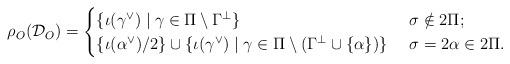
LaTeX: \begin{align*} \rho_O(\mathcal D_O) =\begin{cases}\lbrace \iota(\gamma^\vee) \mid \gamma \in \Pi \setminus \Gamma^\perp \rbrace & \ \sigma \notin 2\Pi;\\\lbrace \iota(\alpha^\vee)/2 \rbrace \cup \lbrace \iota(\gamma^\vee) \mid \gamma \in \Pi \setminus (\Gamma^\perp \cup \lbrace \alpha \rbrace) \rbrace & \ \sigma = 2\alpha \in 2\Pi.\end{cases}\end{align*}